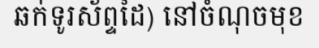
ឆក់ទូរស័ព្ទដៃ) នៅចំណុចមុខ